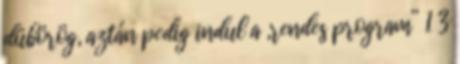
dübörög, aztán pedig indul a „rendes program” 1 3